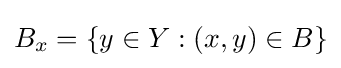
B_{x}=\{y\in Y:(x,y)\in B\}